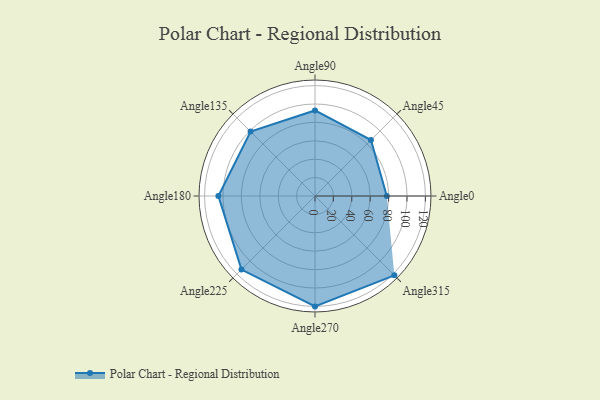
{"axis": {"x": "Angle", "y": "Radius"}, "legend": [""], "data": [{"x": "Angle0", "y": 78.0, "type": ""}, {"x": "Angle45", "y": 86.0, "type": ""}, {"x": "Angle90", "y": 93.0, "type": ""}, {"x": "Angle135", "y": 99.0, "type": ""}, {"x": "Angle180", "y": 105.0, "type": ""}, {"x": "Angle225", "y": 113.0, "type": ""}, {"x": "Angle270", "y": 120.0, "type": ""}, {"x": "Angle315", "y": 122.0, "type": ""}]}